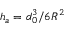
h _ { a } = d _ { 0 } ^ { 3 } / 6 R ^ { 2 }